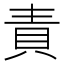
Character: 責